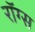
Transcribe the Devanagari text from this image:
रॉग्स